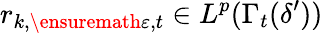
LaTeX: r_{k,\ensuremath{\varepsilon},t}\in L^{p}(\Gamma_{t}(\delta^{\prime}))